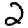
Digit: 2